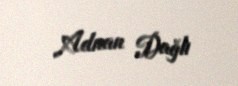
Adnan Dağlı